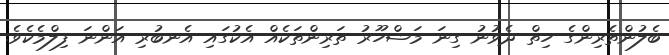
ބެލުންތެރިންގެ ހިތް ދެވުނު ގިނަ މަޝްހޫރު ތަރިންތަކެއް އެކުގައި އެނބުރި އަންނަ ފިލްމެކެވެ.